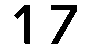
17